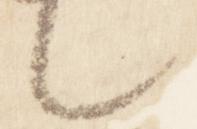
々